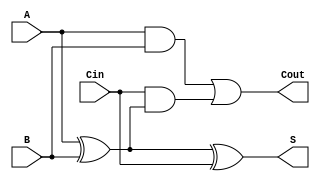
module full_adder (
    input wire A,      // First binary input
    input wire B,      // Second binary input
    input wire Cin,    // Carry-in input
    output wire S,     // Sum output
    output wire Cout   // Carry-out output
);

// Behavioral description of the full adder
assign S = A ^ B ^ Cin;                // Sum is the XOR of A, B, and Cin
assign Cout = (A & B) | (Cin & (A ^ B)); // Carry-out is the majority function

endmodule